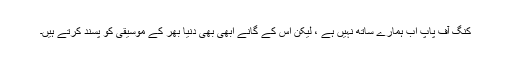
کنگ آف پاپ اب ہمارے ساتھ نہیں ہے ، لیکن اس کے گانے ابھی بھی دنیا بھر کے موسیقی کو پسند کرتے ہیں۔